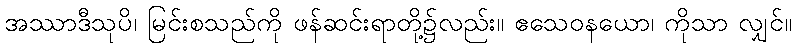
အဿာဒီသုပိ၊ မြင်းစသည်ကို ဖန်ဆင်းရာတို့၌လည်း။ ဧသေဝနယော၊ ကိုသာ လျှင်။